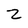
Character: 2